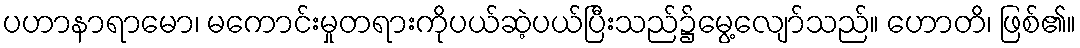
ပဟာနာရာမော၊ မကောင်းမှုတရားကိုပယ်ဆဲ့ပယ်ပြီးသည်၌မွေ့လျော်သည်။ ဟောတိ၊ ဖြစ်၏။